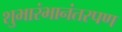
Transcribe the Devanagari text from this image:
शुभारंभानंतरपण